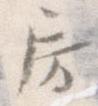
房